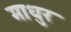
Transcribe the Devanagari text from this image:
माधुर